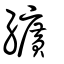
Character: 纊